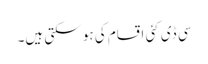
سی ڈی کئی اقسام کی ہو سکتی ہیں۔